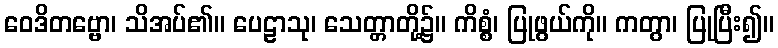
ဝေဒိတဗ္ဗော၊ သိအပ်၏။ ပေဠာသု၊ သေတ္တာတို့၌။ ကိစ္စံ၊ ပြုဖွယ်ကို။ ကတွာ၊ ပြုပြီး၍။